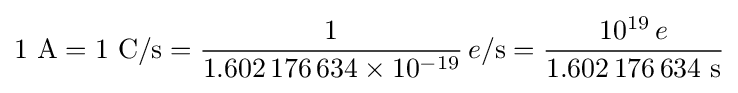
1{\text{ A}}=1{\text{ C/s}}={\frac {1}{1.602\,176\,634\times 10^{-19}}}\,e{\text{/s}}={\frac {10^{19}\,e}{1.602\,176\,634{\text{ s}}}}